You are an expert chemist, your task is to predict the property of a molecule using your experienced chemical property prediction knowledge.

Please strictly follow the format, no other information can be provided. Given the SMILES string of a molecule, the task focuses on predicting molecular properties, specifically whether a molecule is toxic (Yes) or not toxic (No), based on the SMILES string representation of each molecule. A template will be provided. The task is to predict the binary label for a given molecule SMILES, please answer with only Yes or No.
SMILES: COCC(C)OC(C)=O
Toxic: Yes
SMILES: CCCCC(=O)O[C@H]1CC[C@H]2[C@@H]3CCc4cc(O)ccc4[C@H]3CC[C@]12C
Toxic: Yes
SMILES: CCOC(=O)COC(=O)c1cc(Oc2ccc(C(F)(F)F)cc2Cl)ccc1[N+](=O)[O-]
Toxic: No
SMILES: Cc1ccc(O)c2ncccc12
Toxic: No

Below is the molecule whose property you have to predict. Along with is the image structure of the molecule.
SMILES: OCC(O)c1ccccc1
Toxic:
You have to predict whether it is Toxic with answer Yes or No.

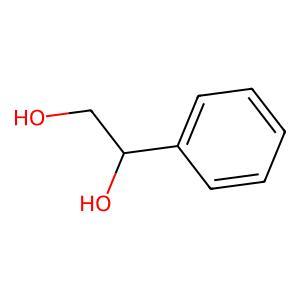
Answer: No